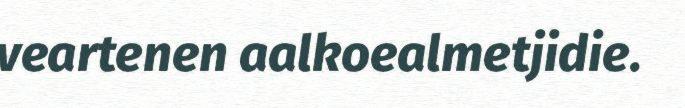
veartenen aalkoealmetjidie.